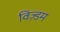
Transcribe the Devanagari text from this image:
विज़्डम